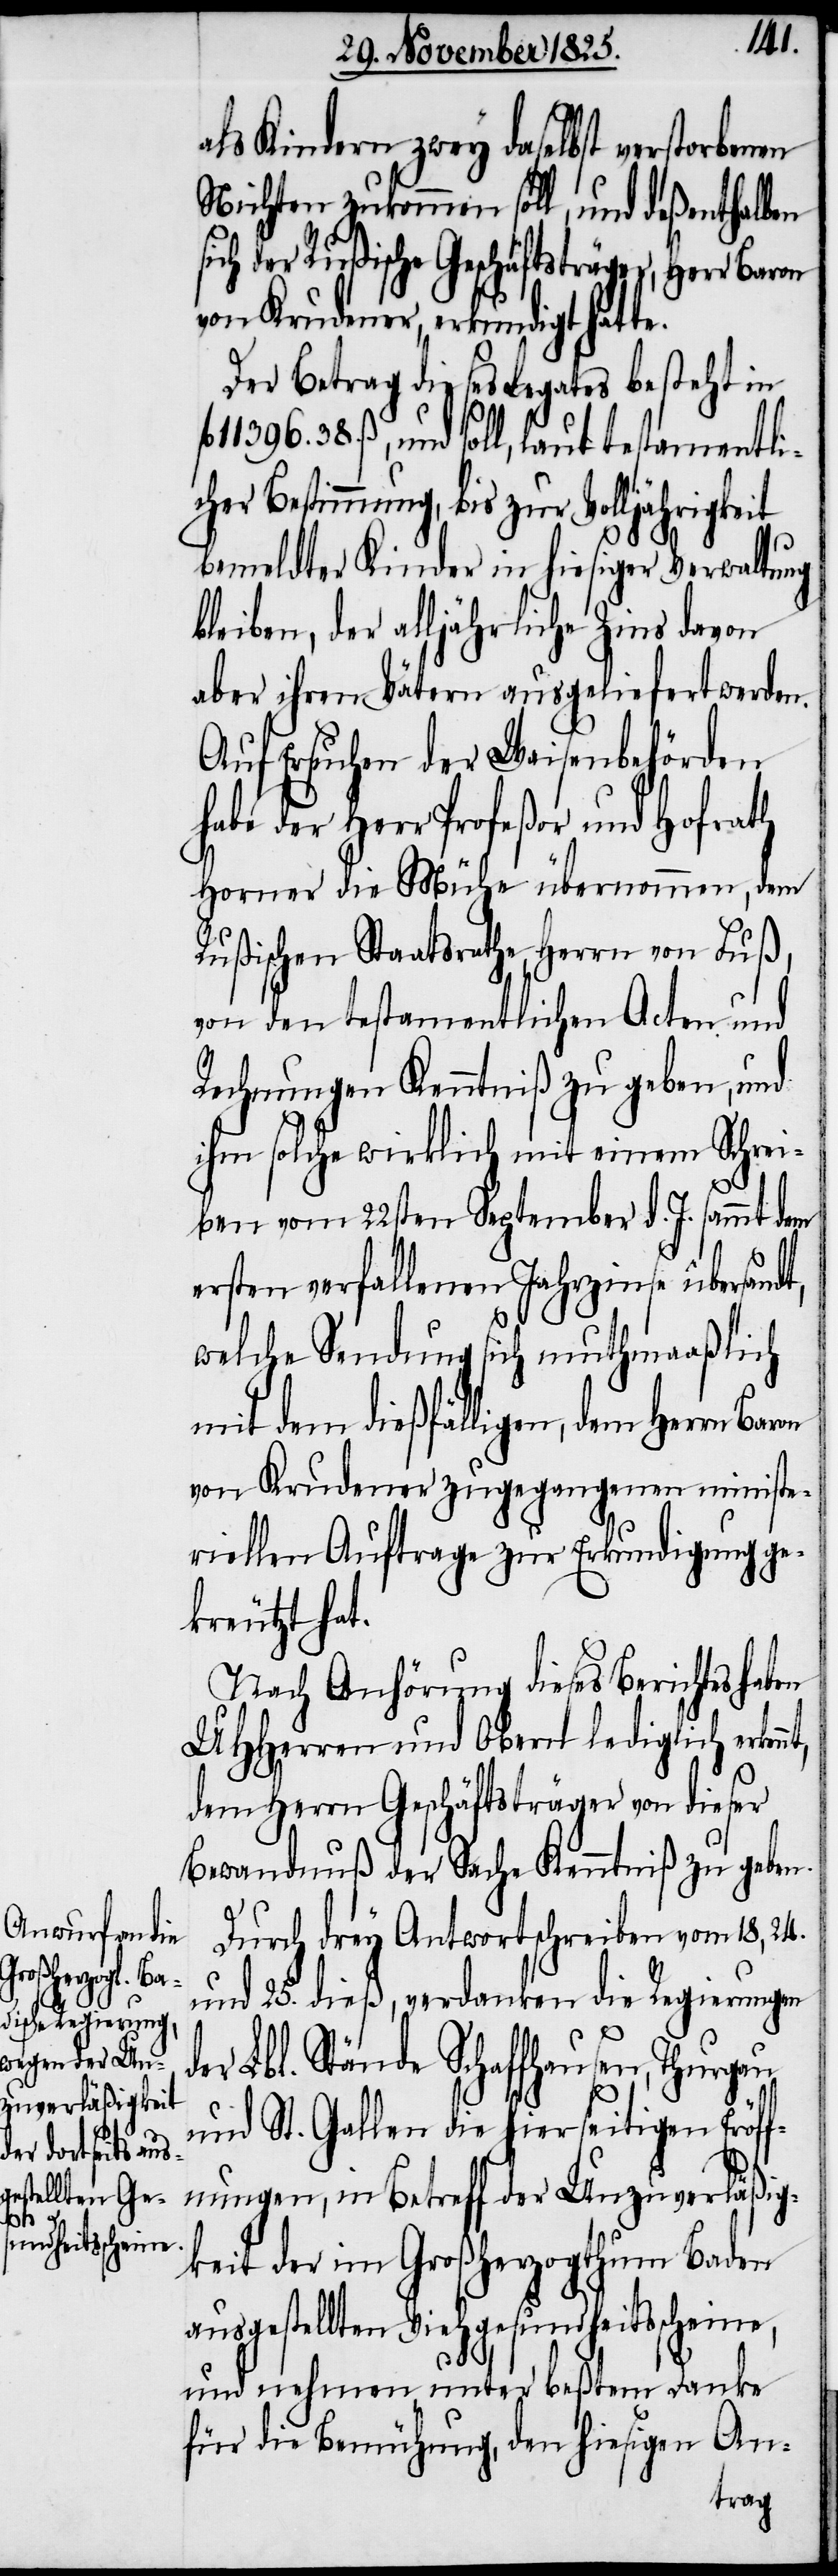
nt,

d¬
als Kindern zwey daselbst verstorbenen
Nichten zukommen soll, und deßenthalben
ich der Rußische Geschäftsträger, Herr Baron
von Krudener, erkundigt hat¬
Der Betrag dieses Legates besteht in
396. 38. ß, und soll, laut testamentlic¬
bemeldter Kinder in hiesiger Verwaltung
bleiben, der alljährliche Zins davon
aber ihren Vätern ausgeliefert werden.
Auf Ersuchen der Waisenbehörden
habe der Herr Profeßor und Hofrath
Horner die Mühe übernommen, dem
Rußischen Staatsrathe, Herrn von Fuß,
von den testamentlichen Acten und
Rechnungen Kenntniß zu geben, und
ihm solche wirklich mit einem Schrei¬
ben vom 22sten September d. J. sammt dem
ersten verfallenen Jahreszinse übersandt,
welche Sendung sich muthmaaßlich
mit dem dießfälligen, dem Herrn
von Krudener zugegangenen ministe¬
riellen Auftrage zur Erkundigung ge¬
kreutzt hat.
Nach Anhörung dieses Berichtes haben
UHHerren und Obern lediglich erken¬
dem Herrn Geschäftsträger von dieser
Bewandnuß der Sache Kenntniß zu geben.
Durch drey Antwortschreiben vom 18, 24.
und 25. dieß, verdanken die Regierungen
er Lbl. Stände Schaffhausen, Thurgau
und St. Gallen die hierseitigen Eröf¬
fnungen, in Betreff der Unzuverläßig¬
keit der im Großherzogthum Baden
ausgestellten Viehgesundheitsscheine,
und nehmen unter beßtem Danke
für die Bemühung, den hiesigen An-